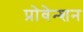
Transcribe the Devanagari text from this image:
प्रोवेन्शन